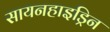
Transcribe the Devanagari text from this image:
सायनहाइड्रिन